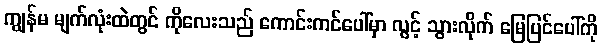
ကျွန်မ မျက်လုံးထဲတွင် ကိုလေးသည် ကောင်းကင်ပေါ်မှာ လွင့် သွားလိုက် မြေပြင်ပေါ်ကို